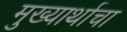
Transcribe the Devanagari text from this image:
मुख्यार्थाचा